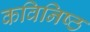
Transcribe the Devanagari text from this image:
कविनिष्ठ